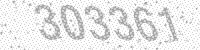
Solution: 303361